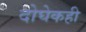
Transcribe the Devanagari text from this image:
दोघेकही